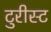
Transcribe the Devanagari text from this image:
टुरीस्ट